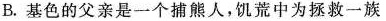
B.基色的父亲是一个捕熊人，饥荒中为拯救一族